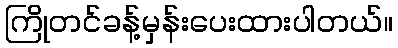
ကြိုတင်ခန့်မှန်းပေးထားပါတယ်။